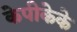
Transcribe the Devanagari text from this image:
केपीकेके